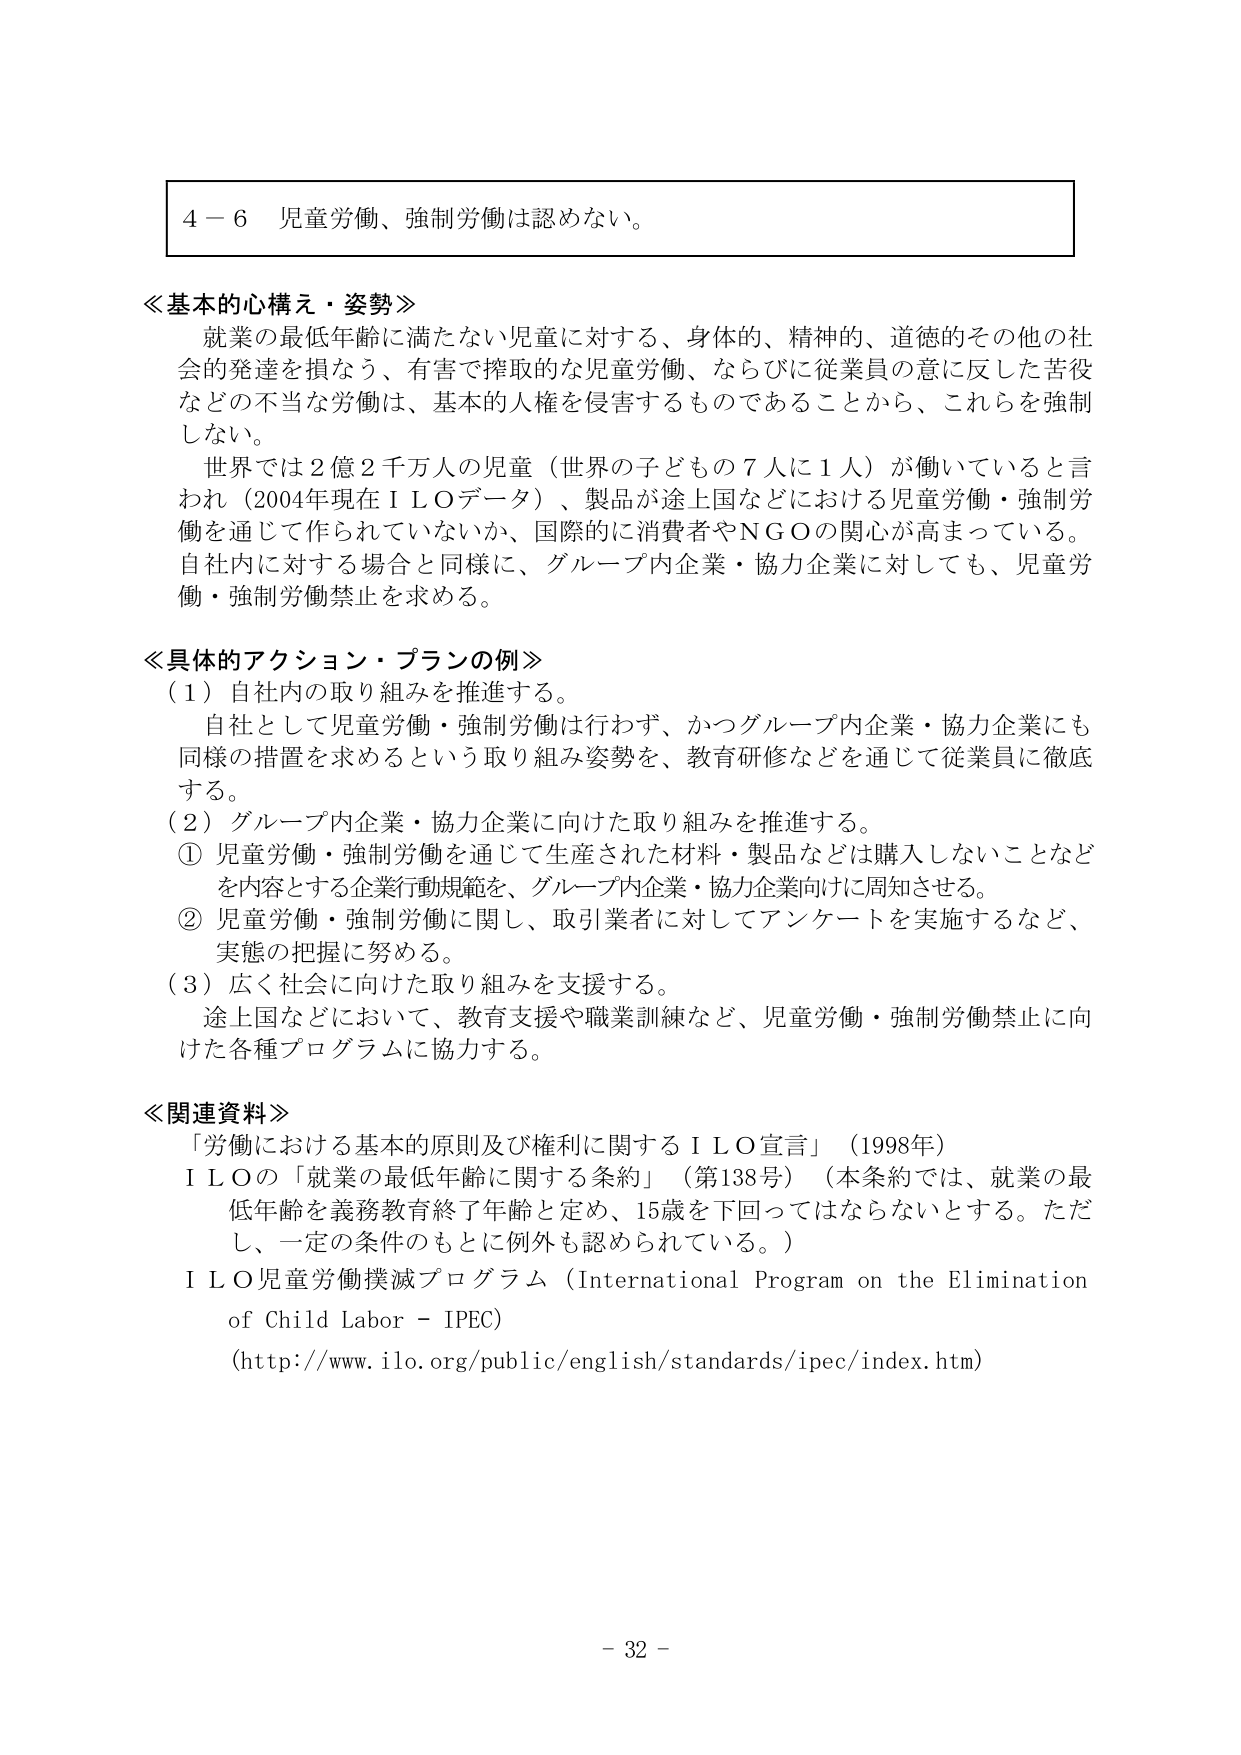
4－6 児童労働、強制労働は認めない。

≪基本的心構え・姿勢≫
就業の最低年齢に満たない児童に対する、身体的、精神的、道徳的その他の社会的発達を損なう、有害で搾取的な児童労働、ならびに従業員の意に反した苦役などの不当な労働は、基本的人権を侵害するものであることから、これらを強制しない。
世界では2億2千万人の児童（世界の子どもの7人に1人）が働いていると言われ（2004年現在ＩＬＯデータ）、製品が途上国などにおける児童労働・強制労働を通じて作られていないか、国際的に消費者やＮＧＯの関心が高まっている。自社内に対する場合と同様に、グループ内企業・協力企業に対しても、児童労働・強制労働禁止を求める。

≪具体的アクション・プランの例≫
（1）自社内の取り組みを推進する。
自社として児童労働・強制労働は行わず、かつグループ内企業・協力企業にも同様の措置を求めるという取り組み姿勢を、教育研修などを通じて従業員に徹底する。
（2）グループ内企業・協力企業に向けた取り組みを推進する。
① 児童労働・強制労働を通じて生産された材料・製品などは購入しないことなどを内容とする企業行動規範を、グループ内企業・協力企業向けに周知させる。
② 児童労働・強制労働に関し、取引業者に対してアンケートを実施するなど、実態の把握に努める。
（3）広く社会に向けた取り組みを支援する。
途上国などにおいて、教育支援や職業訓練など、児童労働・強制労働禁止に向けた各種プログラムに協力する。

≪関連資料≫
「労働における基本的原則及び権利に関するＩＬＯ宣言」（1998年）
ＩＬＯの「就業の最低年齢に関する条約」（第138号）（本条約では、就業の最低年齢を義務教育終了年齢と定め、15歳を下回ってはならないとする。ただし、一定の条件のもとに例外も認められている。）
ＩＬＯ児童労働撲滅プログラム（International Program on the Elimination of Child Labor - IPEC）
（http://www.ilo.org/public/english/standards/ipec/index.htm）

- 32 -